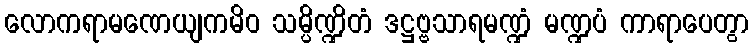
လောကရာမဏေယျကမိဝ သမ္ပိဏ္ဍိတံ ဒဋ္ဌဗ္ဗသာရမဏ္ဍံ မဏ္ဍပံ ကာရာပေတွာ